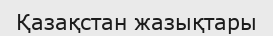
Қазақстан жазықтары